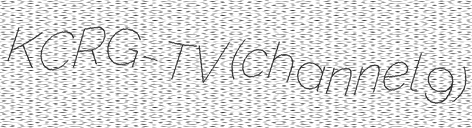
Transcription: KCRG-TV (channel 9)